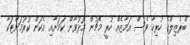
ބްރެޒިލްގެ ހުރިހާ ވެސް އަމާޒެއް ހުރީ މެޗުން މޮޅުވާން ކަމަށާއި އެކަން ކުރުމަށްޓަކާ